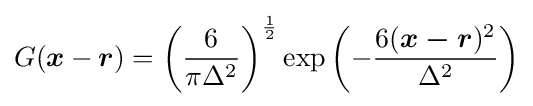
G({\boldsymbol {x}}-{\boldsymbol {r}})=\left({\frac {6}{\pi \Delta ^{2}}}\right)^{\frac {1}{2}}\exp {\left(-{\frac {6({\boldsymbol {x-r}})^{2}}{\Delta ^{2}}}\right)}